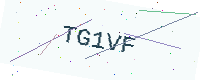
Text: TG1VF